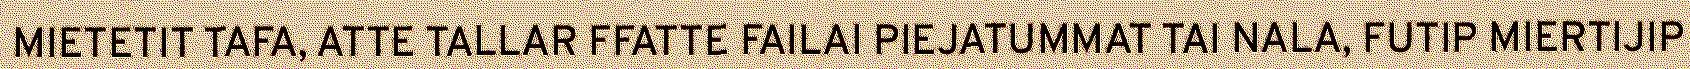
MIETETIT TAFA, ATTE TALLAR FFATTE FAILAI PIEJATUMMAT TAI NALA, FUTIP MIERTIJIP